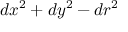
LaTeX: d x ^ { 2 } + d y ^ { 2 } - d r ^ { 2 }